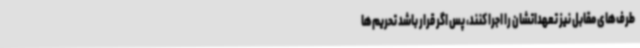
طرف‌های مقابل نیز تعهداتشان را اجرا کنند، پس اگر قرار باشد تحریم‌ها